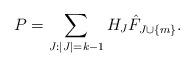
LaTeX: \begin{align*}P = \sum_{J:|J|=k-1} H_J \hat{F}_{J\cup \{m\}}.\end{align*}